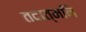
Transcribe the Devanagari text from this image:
तदात्मनि